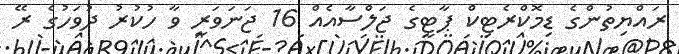
ރައްޔިތުންގެ ޑިމޮކްރެޓިކް ޕާޓީގެ ޖަލްސާއެއް 16 ޖަނަވަރީ ވާ ހުކުރު ދުވަހުގެ ރޭ